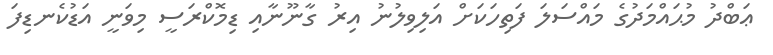
ޢަބްދު މުޙައްމަދުގެ މައްސަލަ ފަތިހަކަށް އަލިވިލުނު އިރު ގާނޫނާއި ޑިމޮކްރަސީ މިވަނީ އަޑުކެނޑިފަ